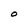
Character: O